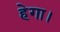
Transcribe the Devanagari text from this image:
हेगा।